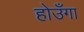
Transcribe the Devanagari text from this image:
होउँगा